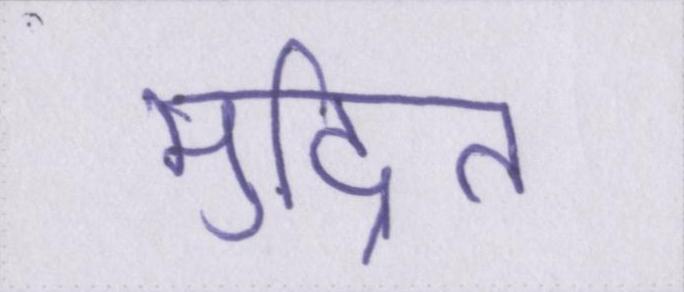
मुद्रित